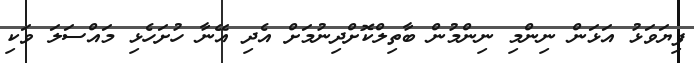
ފިޔަވަޅު އަޅަން ނިންމި ނިންމުން ބާތިލްކޮށްދިނުމަށް އެދި އޭނާ ހުށަހެޅި މައްސަލަ ވަކި